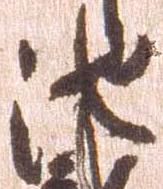
池